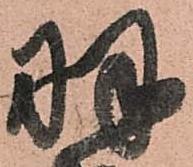
羽